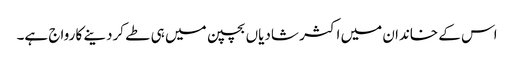
اس کے خاندان میں اکثر شادیاں بچپن میں ہی طے کردینے کا رواج ہے۔